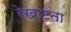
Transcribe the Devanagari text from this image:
रेखाटता